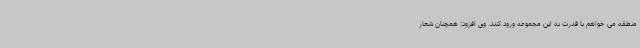
منطقه می خواهم با قدرت به این مجموعه ورود کنند. وی افزود: همچنان شعار